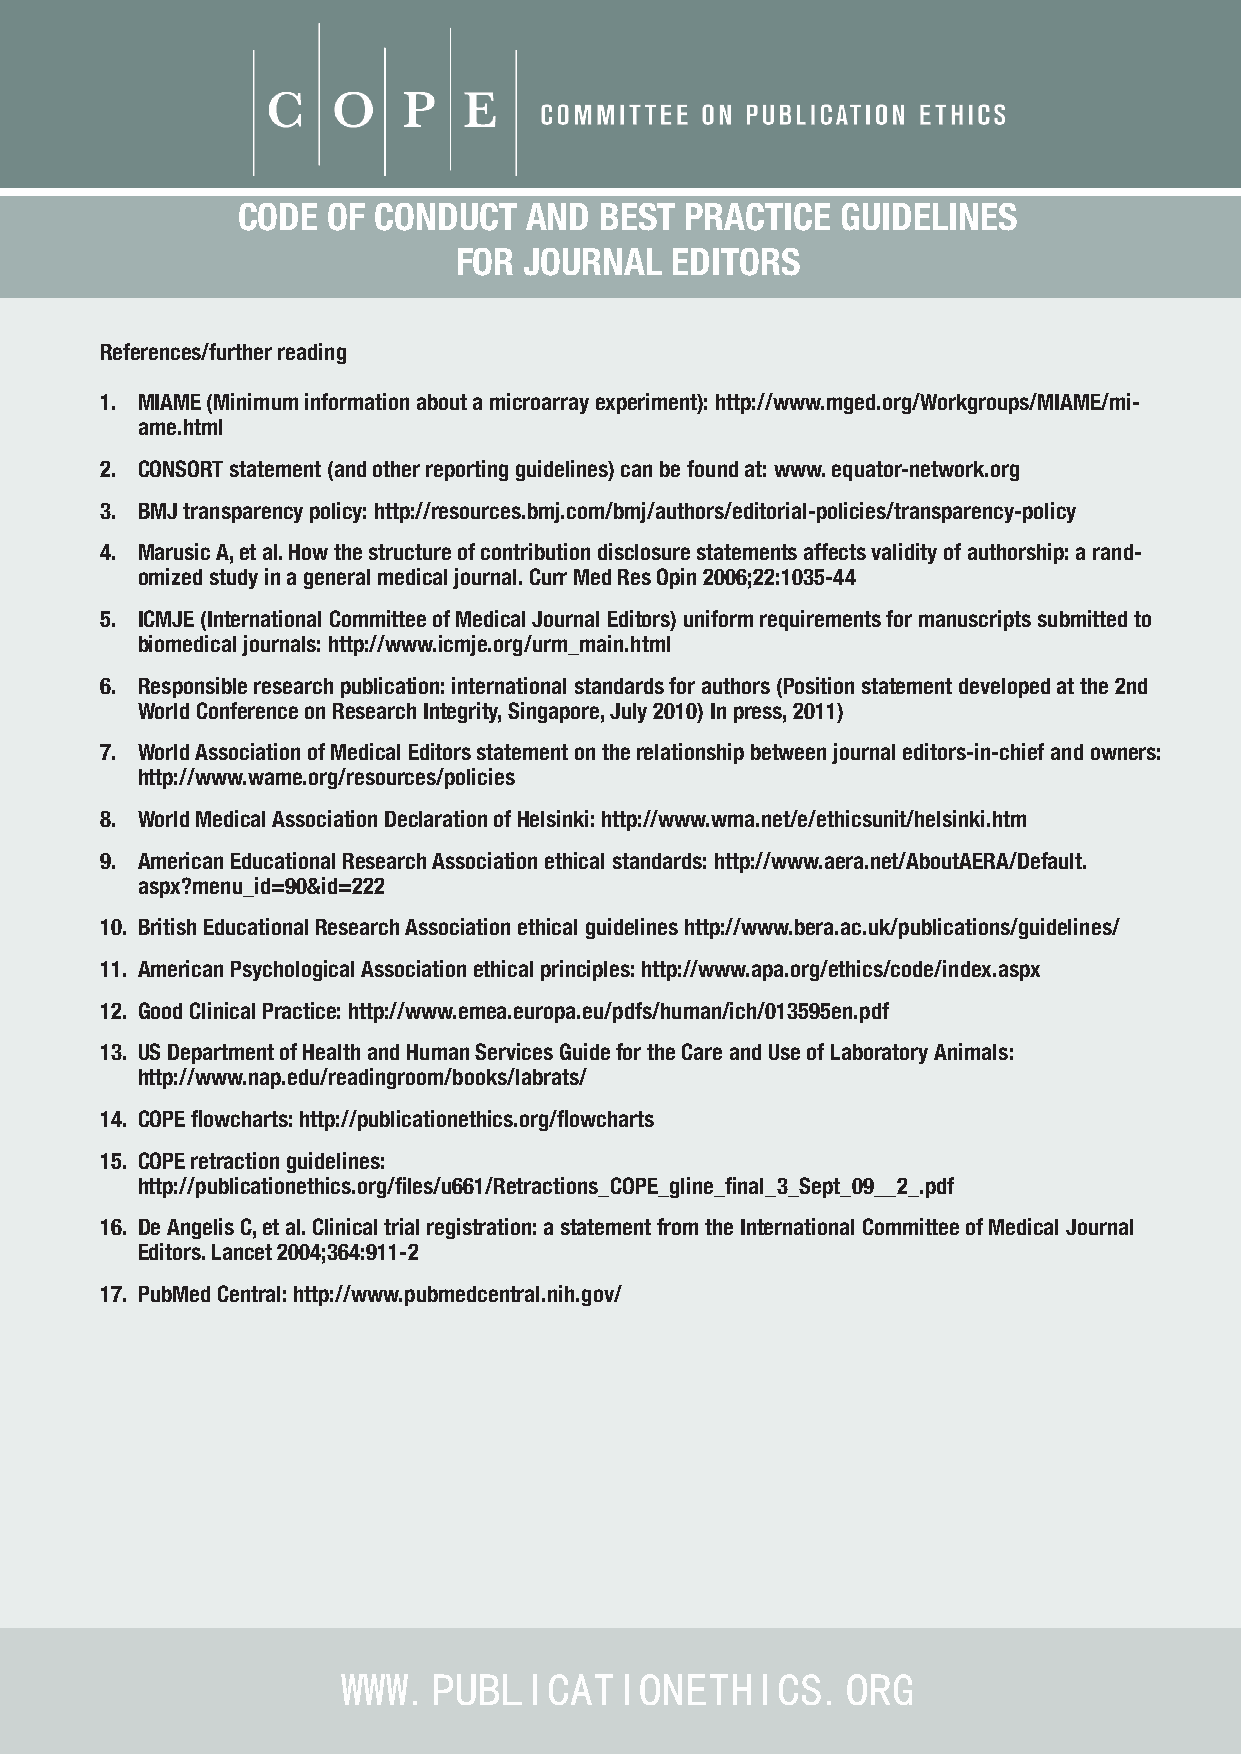
CODE  OF CONDUCT   AND  BEST PRACTICE   GUIDELINES
 FOR  JOURNAL  EDITORS
 References/further reading
 1. MIAME (Minimum information about a microarray experiment): http://www.mged.org/Workgroups/MIAME/mi-
 ame.html
 2. CONSORT statement (and other reporting guidelines) can be found at: www. equator-network.org
 3. BMJ transparency policy: http://resources.bmj.com/bmj/authors/editorial-policies/transparency-policy
 4. Marusic A, et al. How the structure of contribution disclosure statements affects validity of authorship: a rand-
 omized study in a general medical journal. Curr Med Res Opin 2006;22:1035-44
 5. ICMJE (International Committee of Medical Journal Editors) uniform requirements for manuscripts submitted to
 biomedical journals: http://www.icmje.org/urm_main.html
 6. Responsible research publication: international standards for authors (Position statement developed at the 2nd
 World Conference on Research Integrity, Singapore, July 2010) In press, 2011)
 7. World Association of Medical Editors statement on the relationship between journal editors-in-chief and owners:
 http://www.wame.org/resources/policies
 8. World Medical Association Declaration of Helsinki: http://www.wma.net/e/ethicsunit/helsinki.htm
 9. American Educational Research Association ethical standards: http://www.aera.net/AboutAERA/Default.
 aspx?menu_id=90&id=222
 10. British Educational Research Association ethical guidelines http://www.bera.ac.uk/publications/guidelines/
 11. American Psychological Association ethical principles: http://www.apa.org/ethics/code/index.aspx
 12. Good Clinical Practice: http://www.emea.europa.eu/pdfs/human/ich/013595en.pdf
 13. US Department of Health and Human Services Guide for the Care and Use of Laboratory Animals:
 http://www.nap.edu/readingroom/books/labrats/
 14. COPE flowcharts: http://publicationethics.org/flowcharts
 15. COPE retraction guidelines:
 http://publicationethics.org/files/u661/Retractions_COPE_gline_final_3_Sept_09__2_.pdf
 16. De Angelis C, et al. Clinical trial registration: a statement from the International Committee of Medical Journal
 Editors. Lancet 2004;364:911-2
 17. PubMed Central: http://www.pubmedcentral.nih.gov/
 WWW.PUBLICATIONETHICS.ORG